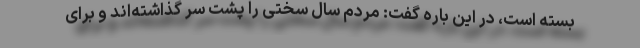
بسته است، در این باره گفت: مردم سال سختی را پشت سر گذاشته‌اند و برای